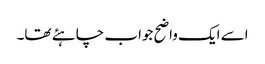
اسے ایک واضح جواب چاہئے تھا۔